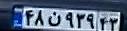
۴۸ن۹۳۹۴۳